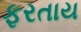
ફરતાય